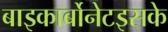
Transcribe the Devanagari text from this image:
बाइकार्बोनेटइसके